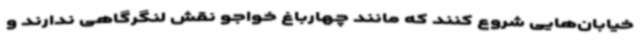
خیابان‌هایی شروع کنند که مانند چهارباغ خواجو نقش لنگرگاهی ندارند و